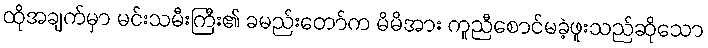
ထိုအချက်မှာ မင်းသမီးကြီး၏ ခမည်းတော်က မိမိအား ကူညီစောင်မခဲ့ဖူးသည်ဆိုသော